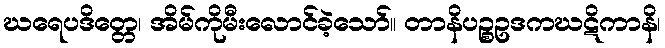
ဃရေပဒိတ္တေ၊ အိမ်ကိုမီးလောင်ခဲ့သော်။ တာနိပဉ္စဥဒကဃဋိကာနိ၊